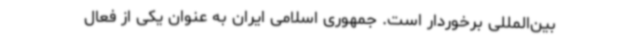
بین‌المللی برخوردار است. جمهوری اسلامی ایران به عنوان یکی از فعال